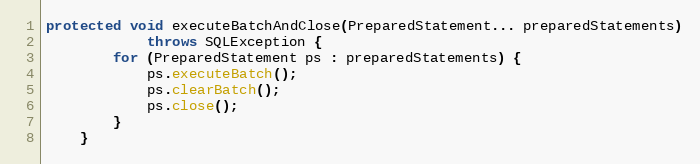
Language: Java
protected void executeBatchAndClose(PreparedStatement... preparedStatements)
            throws SQLException {
        for (PreparedStatement ps : preparedStatements) {
            ps.executeBatch();
            ps.clearBatch();
            ps.close();
        }
    }